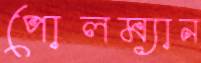
পোলম্যান